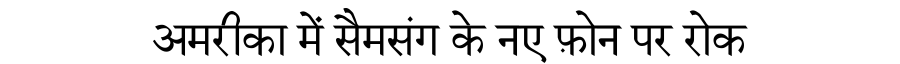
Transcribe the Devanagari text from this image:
अमरीका में सैमसंग के नए फ़ोन पर रोक